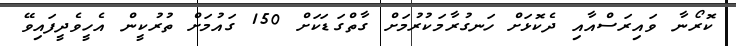
ކޮރޯނާ ވައިރަސްއާއި ދެކޮޅަށް ހަނގުރާމަކުރުމަށް ގާތްގަޑަކަށް 150 ގައުމަށް ތުރުކީން އެހީވެދީފައިވޭ